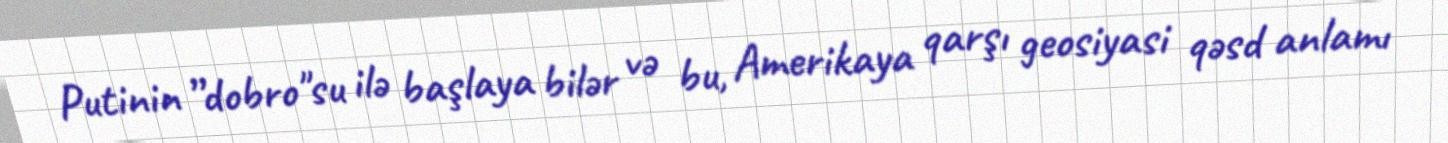
Putinin ”dobro"su ilə başlaya bilər və bu, Amerikaya qarşı geosiyasi qəsd anlamı